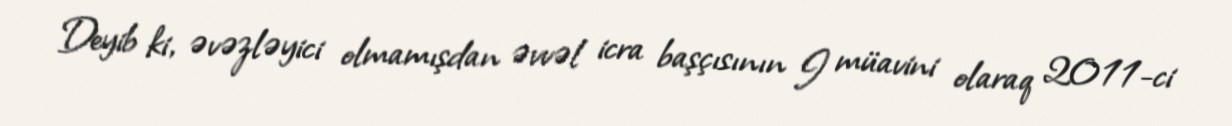
Deyib ki, əvəzləyici olmamışdan əvvəl icra başçısının I müavini olaraq 2011-ci